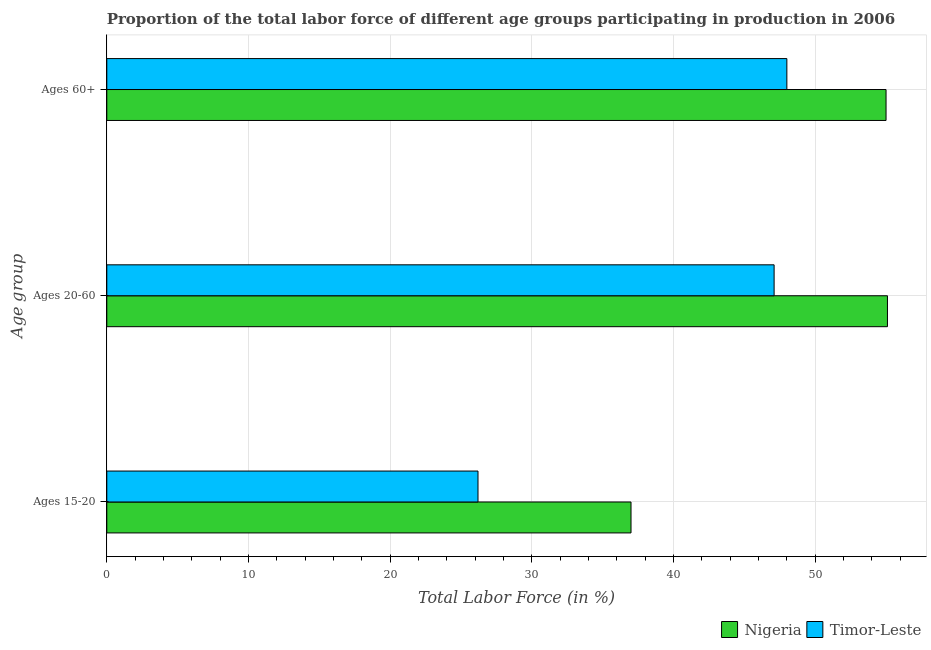
| Age group | Nigeria | Timor-Leste |
 | --- | --- | --- |
 | Ages 15-20 | 37 | 26.2 |
 | Ages 20-60 | 55.1 | 47.1 |
 | Ages 60+ | 55 | 48 |